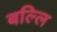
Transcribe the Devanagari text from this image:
बल्लि